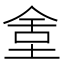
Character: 𡌫